Annual administration and progress report of the Indian Medical Department, Bombay
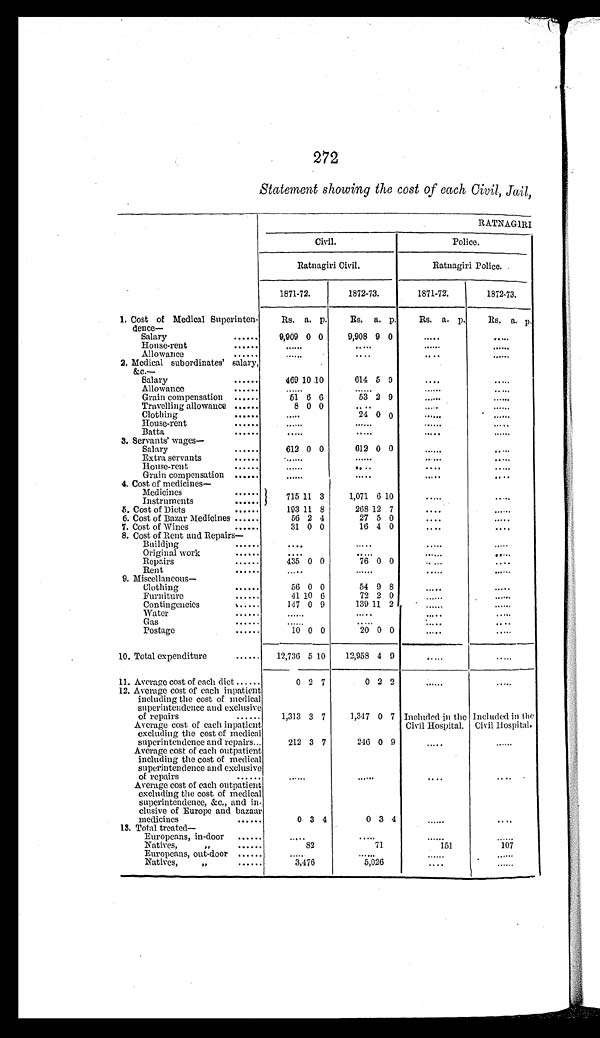
272
Statement showing the cost of each Civil, Jail,
RATNAG1RI
Civil.
Police.
Ratnagiri Civil.
Ratnagiri Police.
1871-72.
1872-73.
1871-72
1872-73.
1. Cost of Medical Superinten-
dence—
Rs. a. p.
Rs. a. p.
Rs. a. p.
Rs. a. p
Salary
......
9,909 0 0
9,908 9 0
.....
.....,
House-rent
...
Allowance
....
....
.....
2. Medical subordinates' salary,
&c.—
Salary
......
469 10 10
614 5 9
.....
Allowance
.....
Grain compensation
......
51 6 6
53 2 9
Travelling allowance ......
8 0 0
....
.....
Clothing
..
24 0 0
.....
House-rent
.....
Batta
......
.....
.....
......
3. Servants' wages—
Salary
......
612 0 0
612 0 0
......
.....
Extra servants
.
.....
.....
House-rent
....
....
.....
Grain compensation
.....
.....
....
4. Cost of medicines—
Medicines
......
715 11 3
1,071 6 10
.....
. . . . .
Instruments
......
5. Cost of Diets
......
193 11 8
268 12 7
....
.....
6. Cost of Bazar Medicines ......
56 2 4
27 5 0
.....
7. Cost of Wines
......
31 0 0
16 4 0
....
.
.
. .
8. Cost of Rent and Repairs—
Building
......
.....
.....
.....
Original work
......
.....
......
.....
Repairs
......
435 0 0
76 0 0
.
. . .
....
Rent
.....
......
.
. . . .
......
9. Miscellaneous—
Clothing
......
56 0 0
54 9 8
.....
.....
Furniture
......
41 10 6
72 2 0
......
Contingencics
......
147 0 9
139 11 2
.
Water
....
.....
Gas
.....
.
Postage
......
10 0 0
20 0 0
.....
10. Total expenditure
......
12,736 5 10
12,958 4 9
.
.....
11. Average cost of each diet ......
0 2 7
0 2
2
.....
12. Average cost of each inpatient
including the cost of medical
superintendence and exclusive
of repairs
......
1,313 3 7
1,347 0 7 Included in the Included in the
Average cost of each inpatient
excluding the cost of medical
superintendence and repairs...
212 3 7
246 0 9
Civil Hospital. Civil Hospital.
Average cost of each outpatient
including the cost of medical
superintendence and exclusive
of repairs
......
.
.
......
. .
. .
Average cost of each outpatient
excluding the cost of medical
superintendence, &c., and in-
clusive of Europe and bazaar
medicines
......
0 3 4
0 3
4
....
13. Total treated
Europeans, in-door
......
... . .
.....
Natives,
" ......
8 2
71.
151
107
Europeans, out-door
.
......
Natives,
"
3,476
5,026
. . . .
......